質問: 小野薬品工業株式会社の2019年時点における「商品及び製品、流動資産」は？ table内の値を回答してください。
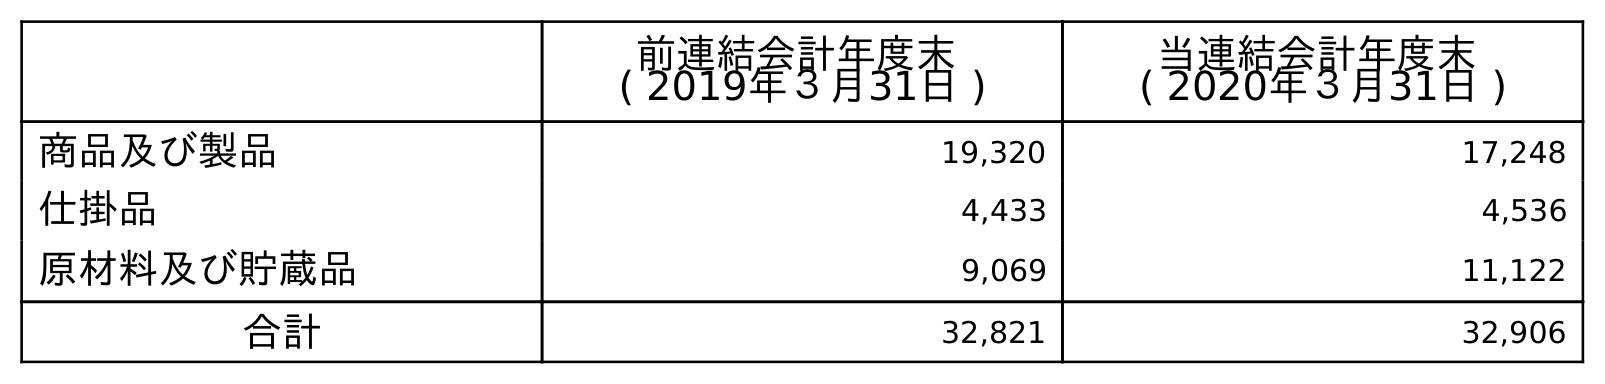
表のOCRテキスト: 前連結会計年度末 ( 2019年３月31日 ) 当連結会計年度末 ( 2020年３月31日 ) 商品及び製品 19,320 17,248 仕掛品 4,433 4,536 原材料及び貯蔵品 9,069 11,122 合計 32,821 32,906
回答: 19,320